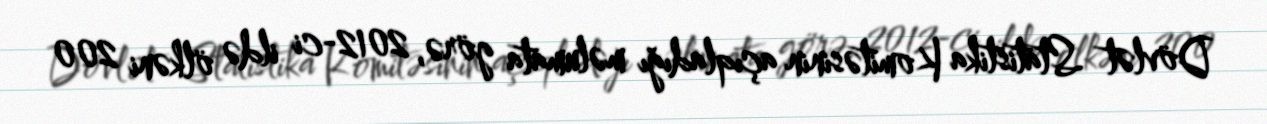
Dövlət Statistika Komitəsinin açıqladığı məlumata görə, 2012-ci ildə ölkəni 200